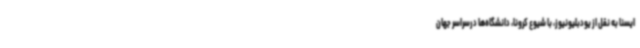
ایسنا به نقل از یودبلیونیوز، با شیوع کرونا، دانشگاه‌ها درسراسر جهان